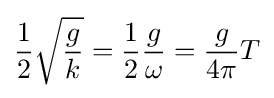
{\frac {1}{2}}{\sqrt {\frac {g}{k}}}={\frac {1}{2}}{\frac {g}{\omega }}={\frac {g}{4\pi }}T